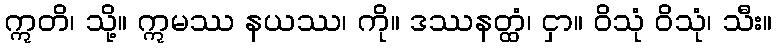
ဣတိ၊ သို့။ ဣမဿ နယဿ၊ ကို။ ဒဿနတ္ထံ၊ ငှာ။ ဝိသုံ ဝိသုံ၊ သီး။